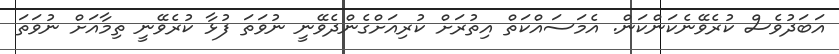
އަބަދުވެސް ކުރެވޭނެކަންކަން. އެމަސައްކަތް އިތުރަށް ކުރިއަށްގެންދެވޭނީ ނުވަތަ ފުޅާ ކުރެވޭނީ ތިމާއަށް ނުވަތަ